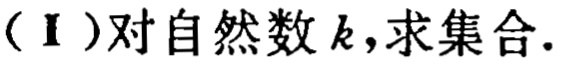
（Ⅰ）对自然数\(k\)，求集合.